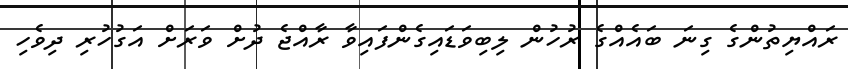
ރައްޔިތުންގެ ގިނަ ބައެއްގެ ރުހުން ލިބިވަޑައިގެންފައިވާ ރާއްޖެ ދުށް ވަރަށް އަގުހުރި ދިވެހި